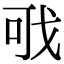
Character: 𢦪